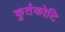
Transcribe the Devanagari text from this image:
कुर्तकोटि